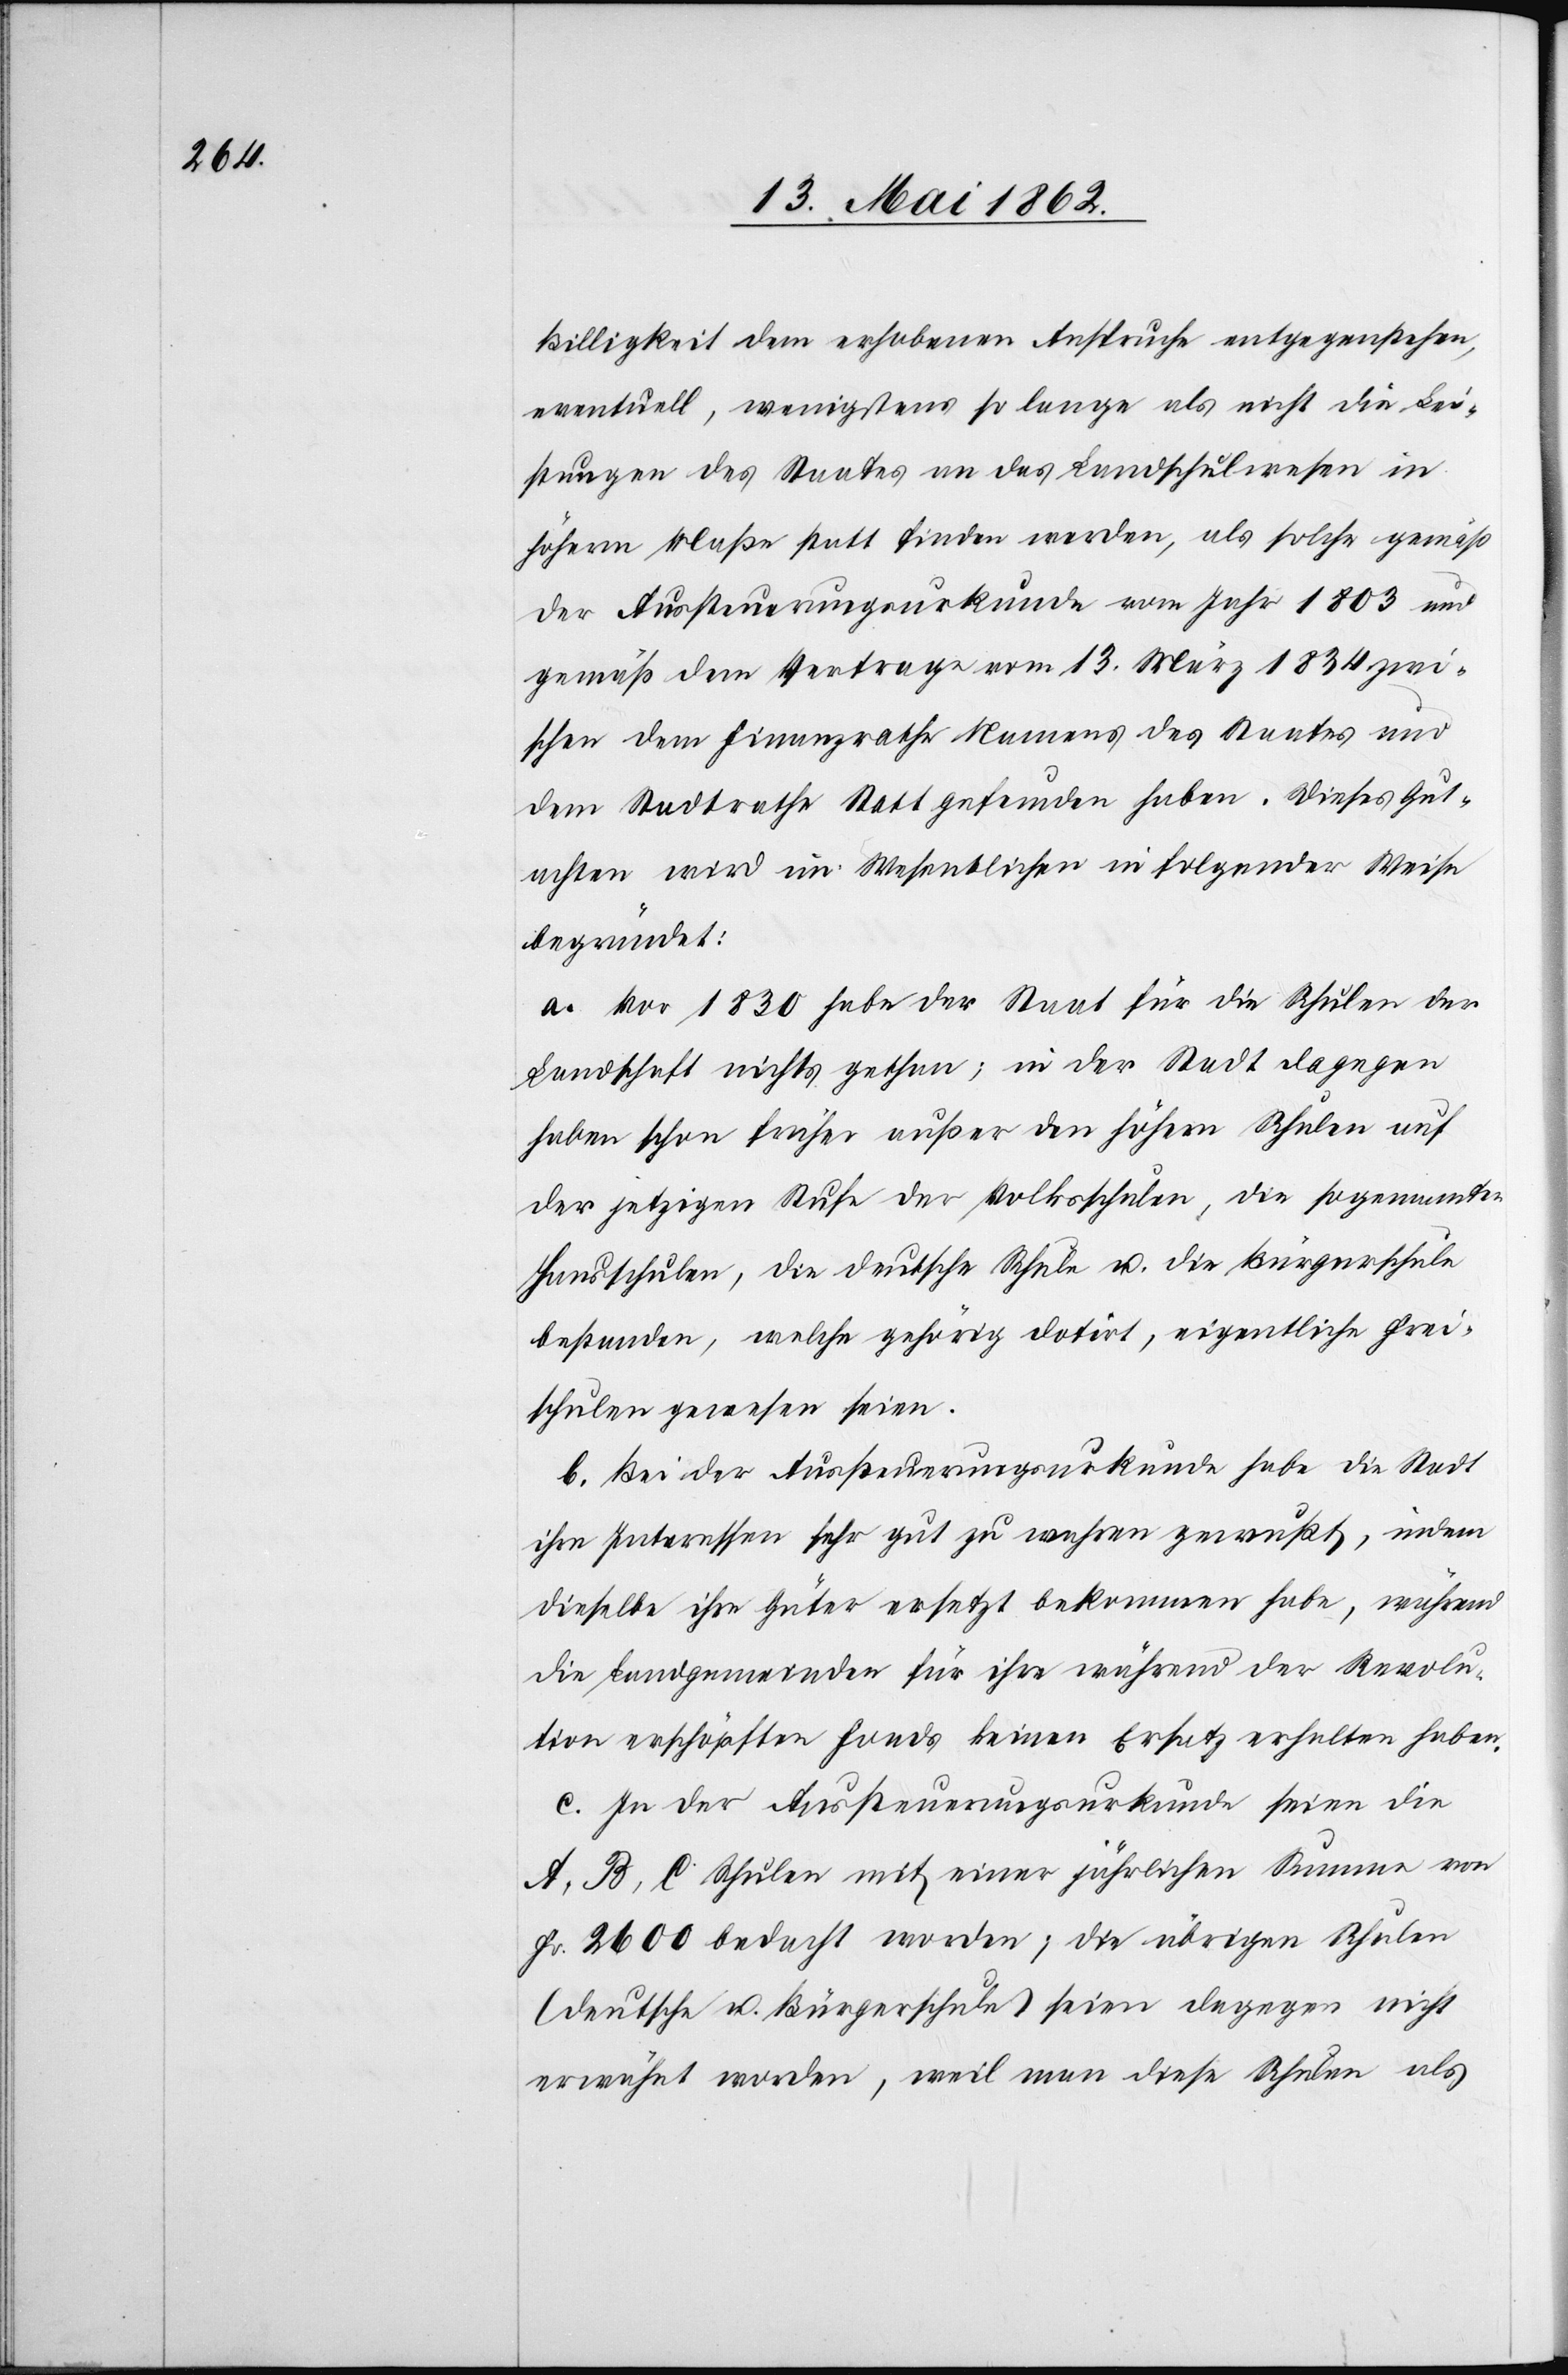
Billigkeit dem erhobenen Anspruche entgegenstehen,
eventuell, wenigstens so lange als nicht die Lei¬
stungen des Staates an das Landschulwesen in
höherm Maße statt finden werden, als solche gemäß
der Aussteuerungsurkunde vom Jahr 1803 und
gemäß dem Vertrage vom 13. März 1834 zwi¬
schen dem Finanzrathe Namens des Staates und
dem Stadtrathe Statt gefunden haben. Dieses Gut¬
achten wird im Wesentlichen in folgender Weise
begründet:
a. Vor 1830 habe der Staat für die Schulen der
Landschaft nichts gethan; in der Stadt dagegen
haben schon früher außer den höhern Schulen auf
der jetzigen Stufe der Volksschulen, die sogenannten
Hausschulen, die deutsche Schule u. die Bürgerschule
bestanden, welche gehörig dotirt, eigentliche Frei¬
schulen gewesen seien.
b. Bei der Aussteuerungsurkunde habe die Stadt
ihre Interessen sehr gut zu wahren gewußt, indem
dieselbe ihre Güter ersetzt bekommen habe, während
die Landgemeinden für ihre während der Revolu¬
tion erschöpften Fonds keinen Ersatz erhalten haben.
c. In der Aussteuerungsurkunde seien die
A, B, C Schulen mit einer jährlichen Summe von
Fr. 2600 bedacht worden, die übrigen Schulen
(deutsche u. Bürgerschule) seien dagegen nicht
erwähnt worden, weil man diese Schulen als